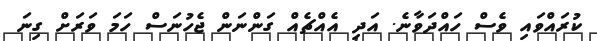
ކުރައްވައި ވެސް ހައްދަވާނެ. އަދި އެއްޗެއް ގަންނަން ޖެހުނަސް ހަމަ ވަރަށް ގިނަ